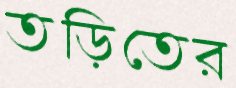
তড়িতের